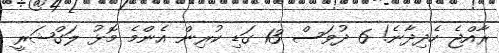
ރާއްޖެ ހެދިދާނެ! 6 ދުވަސް 13 ގަޑި ކުރިން އެންމެ މޮޅު ލަގްޝަރީ